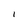
Character: 1